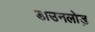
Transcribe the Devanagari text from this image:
डाउनलोड़